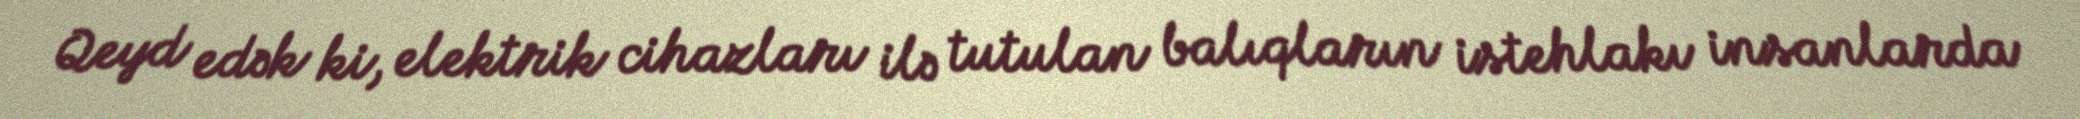
Qeyd edək ki, elektrik cihazları ilə tutulan balıqların istehlakı insanlarda